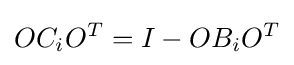
OC_{i}O^{T}=I-OB_{i}O^{T}